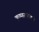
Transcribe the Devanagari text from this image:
कृष्णरावांकडे